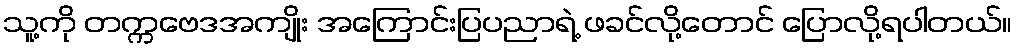
သူ့ကို တက္ကဗေဒအကျိုး အကြောင်းပြပညာရဲ့ ဖခင်လို့တောင် ပြောလို့ရပါတယ်။